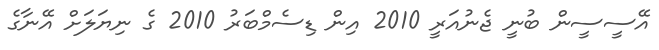
އޭސީސީން ބުނީ ޖެނުއަރީ 2010 އިން ޑިސެމްބަރު 2010 ގެ ނިޔަލަށް އޭނާގެ